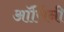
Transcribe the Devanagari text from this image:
ऑर्सिनी